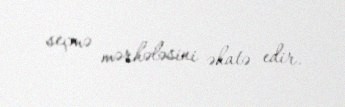
seçmə mərhələsini əhatə edir.